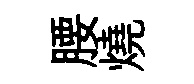
腰燒